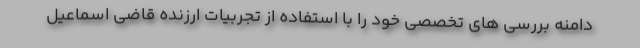
دامنه بررسی های تخصصی خود را با استفاده از تجربیات ارزنده قاضی اسماعیل